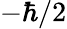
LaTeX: -\hbar/2